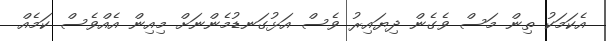
އެކަމަކު ތިން މަސް ވެގެން ދިޔައިރު ވެސް އަޅުގަނޑުމެންނަށް މިއިން އެއްވެސް ކަމެއް